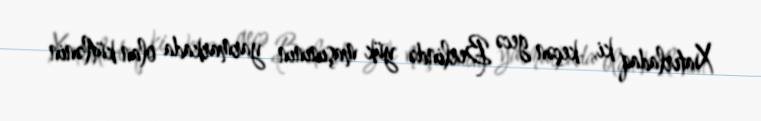
Xatırladaq ki, keçən gecə Berlində yük maşınının yarmarkada olan kütlənin